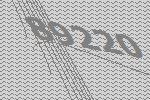
89220